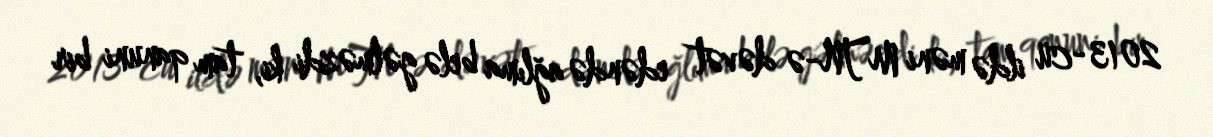
2013-cü ildə məni MTN-ə dəvət edəndə ağlıma belə gəlməzdi ki, tam qanuni bir